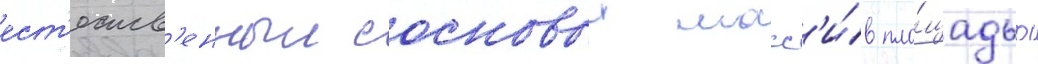
ест'еств'енныи сосновыи масс'и́в пло́щадью